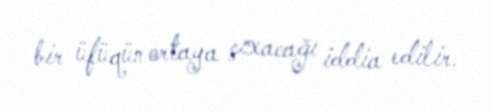
bir üfüqün ortaya çıxacağı iddia edilir.